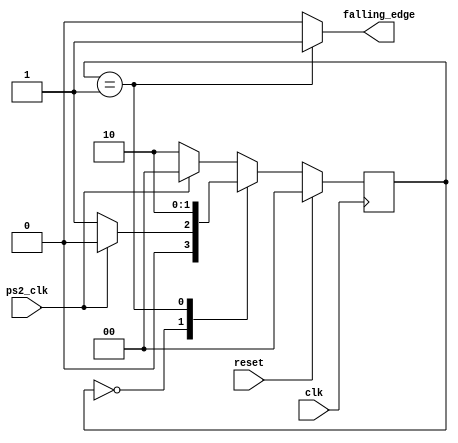
`timescale 1ns / 1ps
//////////////////////////////////////////////////////////////////////////////////
// Company: 
// Engineer: 
// 
// Design Name: 
// Module Name:    ps2_mouse_interface_fallingtest 
// Project Name: 
// Target Devices: 
// Tool versions: 
// Description: 
//
// Dependencies: 
//
// Revision: 
// Revision 0.01 - File Created
// Additional Comments: 
//
//////////////////////////////////////////////////////////////////////////////////
module ps2_mouse_interface_fallingtest(reset,clk,ps2_clk,falling_edge);

input clk,reset;
input ps2_clk;
output reg falling_edge;

reg [1:0]state,next_state=2'b00;
parameter [1:0]ps2_clk_h=2'b00;
parameter	[1:0]ps2_clk_falling=2'b01;
parameter	[1:0]ps2_clk_l=2'b10;

always@(posedge clk)begin
  if (reset) state<=ps2_clk_h;
  else  state<=next_state;
end
always@(state or ps2_clk)begin
	case (state) 
		ps2_clk_h: begin
						falling_edge<=0;
						if (ps2_clk)
							next_state<=ps2_clk_h;
						else 
							next_state<=ps2_clk_falling;
						//state<=next_state;
						end
		ps2_clk_falling: begin
						falling_edge<=1; 
						next_state<=ps2_clk_l;
						//state<=next_state;
						end
	//	ps2_clk_l:
		default:begin
						falling_edge<=0;
						if (ps2_clk)
							next_state<=ps2_clk_h;
						else 
							next_state<=ps2_clk_l;
						//state<=next_state;
						end
	//	default:;
	endcase
end
endmodule